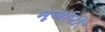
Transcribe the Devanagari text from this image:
मूर्जानी